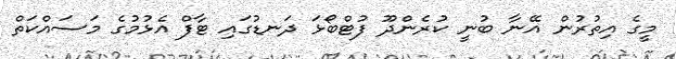
މީގެ އިތުރުން އޭނާ ބުނީ ކުރެންދޫ ފުޓްބޯޅަ ދަނޑުގައި ޓާފް އެޅުމުގެ މަސައްކަތް